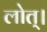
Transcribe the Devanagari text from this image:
लोत्।